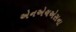
એનએચએસના